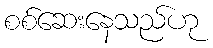
စစ်ဆေးနေသည်ဟု